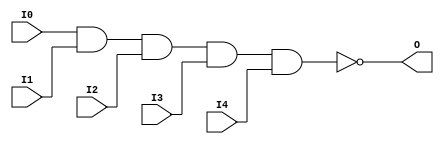

/*

FUNCTION	: 5-INPUT NAND GATE

*/

`timescale  100 ps / 10 ps

`celldefine

module NAND5 (O, I0, I1, I2, I3, I4);


    output O;

    input  I0, I1, I2, I3, I4;

    nand A1 (O, I0, I1, I2, I3, I4);

    specify
	(I0 *> O) = (0, 0);
	(I1 *> O) = (0, 0);
	(I2 *> O) = (0, 0);
	(I3 *> O) = (0, 0);
	(I4 *> O) = (0, 0);
    endspecify

endmodule

`endcelldefine